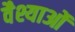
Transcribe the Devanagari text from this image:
वैश्याओं